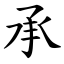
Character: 承